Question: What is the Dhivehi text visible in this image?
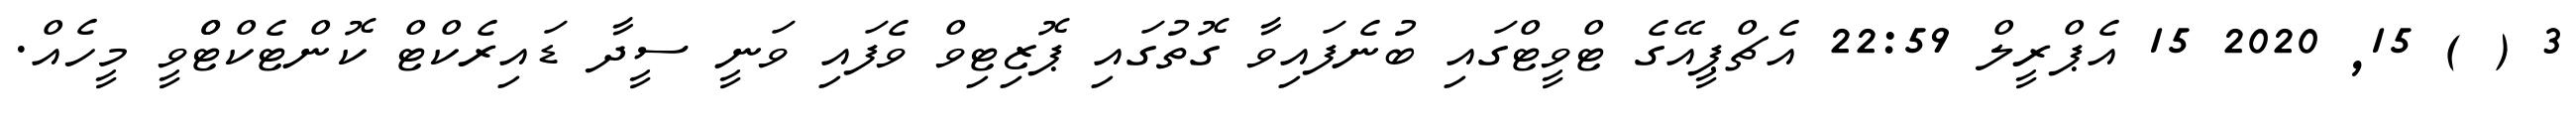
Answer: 3 ( ) 15, 2020 15 އެޕްރީލް 22:59 އެޗްޕީއޭގެ ޓްވީޓްގައި ބުނެފައިވާ ގޮތުގައި ޕޮޒިޓިވް ވެފައި ވަނީ ސީދާ ޑައިރެކްޓް ކޮންޓެކްޓްްވީ މީހެއް.